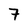
Character: 7